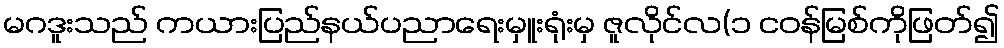
မဂဒူးသည် ကယားပြည်နယ်ပညာရေးမှူးရုံးမှ ဇူလိုင်လ(၁ ငဝန်မြစ်ကိုဖြတ်၍